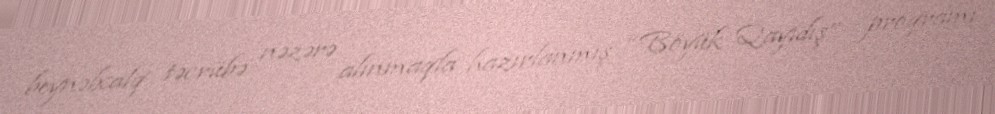
beynəlxalq təcrübə nəzərə alınmaqla hazırlanmış “Böyük Qayıdış” proqramı